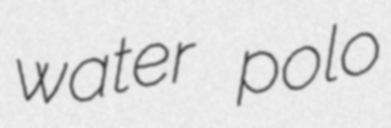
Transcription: water polo